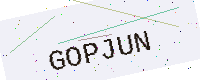
Text: GOPJUN